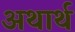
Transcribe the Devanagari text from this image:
अथार्थ